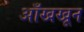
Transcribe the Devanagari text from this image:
आँखखून